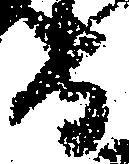
守